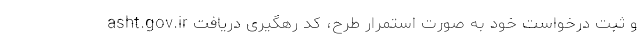
asht.gov.ir و ثبت درخواست خود به صورت استمرار طرح، کد رهگیری دریافت